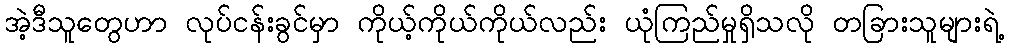
အဲ့ဒီသူတွေဟာ လုပ်ငန်းခွင်မှာ ကိုယ့်ကိုယ်ကိုယ်လည်း ယုံကြည်မှုရှိသလို တခြားသူများရဲ့